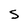
Character: 5